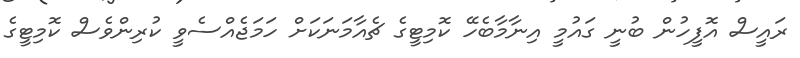
ރައީސް އޮފީހުން ބުނީ ގައުމީ އިނާމާބެހޭ ކޮމިޓީގެ ޗެއާމަނަކަށް ހަމަޖެއްސެވީ ކުރިންވެސް ކޮމިޓީގެ